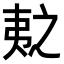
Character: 𫡛